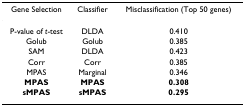
<table><thead><tr><td><b>Gene Selection</b></td><td><b>Classifier</b></td><td><b>Misclassification (Top 50 genes)</b></td></tr></thead><tbody><tr><td>P-value of <i>t</i>-test</td><td>DLDA</td><td>0.410</td></tr><tr><td>Golub</td><td>Golub</td><td>0.385</td></tr><tr><td>SAM</td><td>DLDA</td><td>0.423</td></tr><tr><td>Corr</td><td>Corr</td><td>0.385</td></tr><tr><td>MPAS</td><td>Marginal</td><td>0.346</td></tr><tr><td><b>MPAS</b></td><td><b>MPAS</b></td><td><b>0.308</b></td></tr><tr><td><b>sMPAS</b></td><td><b>sMPAS</b></td><td><b>0.295</b></td></tr></tbody></table>